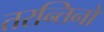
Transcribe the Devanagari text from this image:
तरन्तिनो